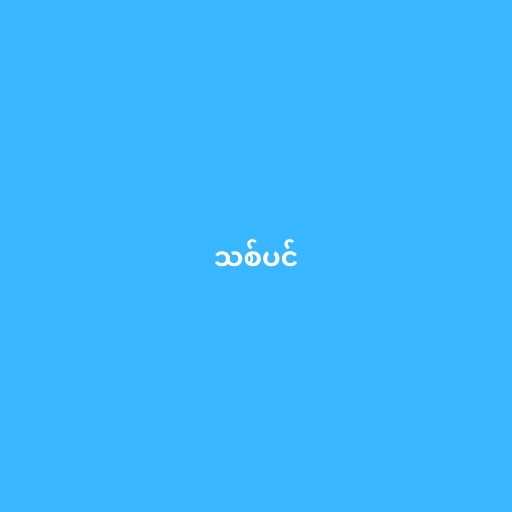
သစ်ပင်